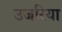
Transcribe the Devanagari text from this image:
उजरिया